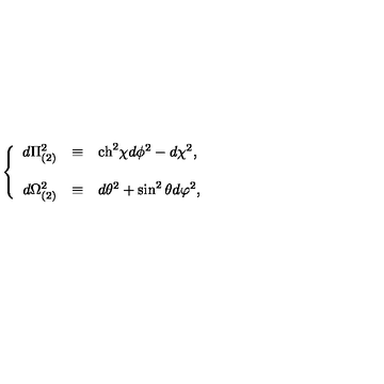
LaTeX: \left\{ \begin{array} { r c l } { d \Pi _ { ( 2 ) } ^ { 2 } } & { \equiv } & { \mathrm { c h } ^ { 2 } \chi d \phi ^ { 2 } - d \chi ^ { 2 } , } \\ { } & { } & { } \\ { d \Omega _ { ( 2 ) } ^ { 2 } } & { \equiv } & { d \theta ^ { 2 } + \sin ^ { 2 } { \theta } d \varphi ^ { 2 } , } \\ \end{array} \right.